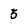
Character: 5